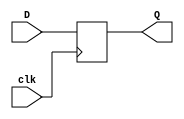
// up counter 3 bit synchronous counter using D flip flops

// d flip flop

module D_flip_flop(output reg Q, input D, clk);
    initial
	Q=0;
    always @(posedge clk)
	    Q <= D;
endmodule

// module incrementer(output [2:0] Q_b, input [2:0] Q);
//     wire I1,I2,I3;
//     and G1(Q[0],~Q[0],1);
//     xor G2(Q[1],Q[1],Q[0]);
//     or G3(I1,~Q[1],~Q[0]);
//     and G4(I2,Q[2],I1);
//     and G5(I3,~Q[2],Q[1],Q[0]);
//     or G6(Q[2],I2,I3);
// endmodule

module up_counter_3_bit(output [2:0] Q_b, input clk);
    wire I1,I2,I3,I4,I5;
    reg [2:0] Q;
    //initial
    //    Q<=3'b111;
    D_flip_flop G1(Q_b[0],~Q[0],clk);
    xor G2(I1,Q[1],Q[0]);
    D_flip_flop G3(Q_b[1],I1,clk);
    or G4(I2,~Q[1],~Q[0]);
    and G5(I3,Q[2],I2);
    and G6(I4,~Q[2],Q[1],Q[0]);
    or G7(I5,I4,I3);
    D_flip_flop G8(Q_b[2],I5,clk);
    always @*
        Q<=Q_b;
    // and G9(Q[0],Q_b[0],1);
    // and G10(Q[1],Q_b[1],1);
    // and G11(Q[2],Q_b[2],1);
endmodule

// test bench code

module test_up_counter_3_bit();
    wire [2:0] Q_b;
    // reg [2:0] Q;
    reg clk;
    up_counter_3_bit G(Q_b,clk);
    initial
        begin
            clk=0;
	    #50 clk=0;
            #50 clk=1;
            #50 clk=0;
            #50 clk=1;
            #50 clk=0;
            #50 clk=1;
            #50 clk=0;
            #50 clk=1;
            #50 clk=0;
            #50 clk=1;
            #50 clk=0;
            #50 clk=1;
            #50 clk=0;
            #50 clk=1;
            #50 clk=0;
            #50 clk=1;
	    #50 clk=0;
            #50 clk=1;
        end
endmodule